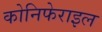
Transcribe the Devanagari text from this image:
कोनिफेराइल